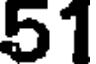
51